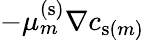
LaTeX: -\mu_{m}^{\mathrm{(s)}}\nabla c_{\mathrm{s}(m)}